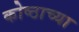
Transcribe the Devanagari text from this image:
कोष्ठाच्या